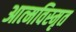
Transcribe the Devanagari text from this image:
आत्‍मविस्‍मृत